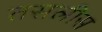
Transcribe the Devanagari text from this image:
तसलीस